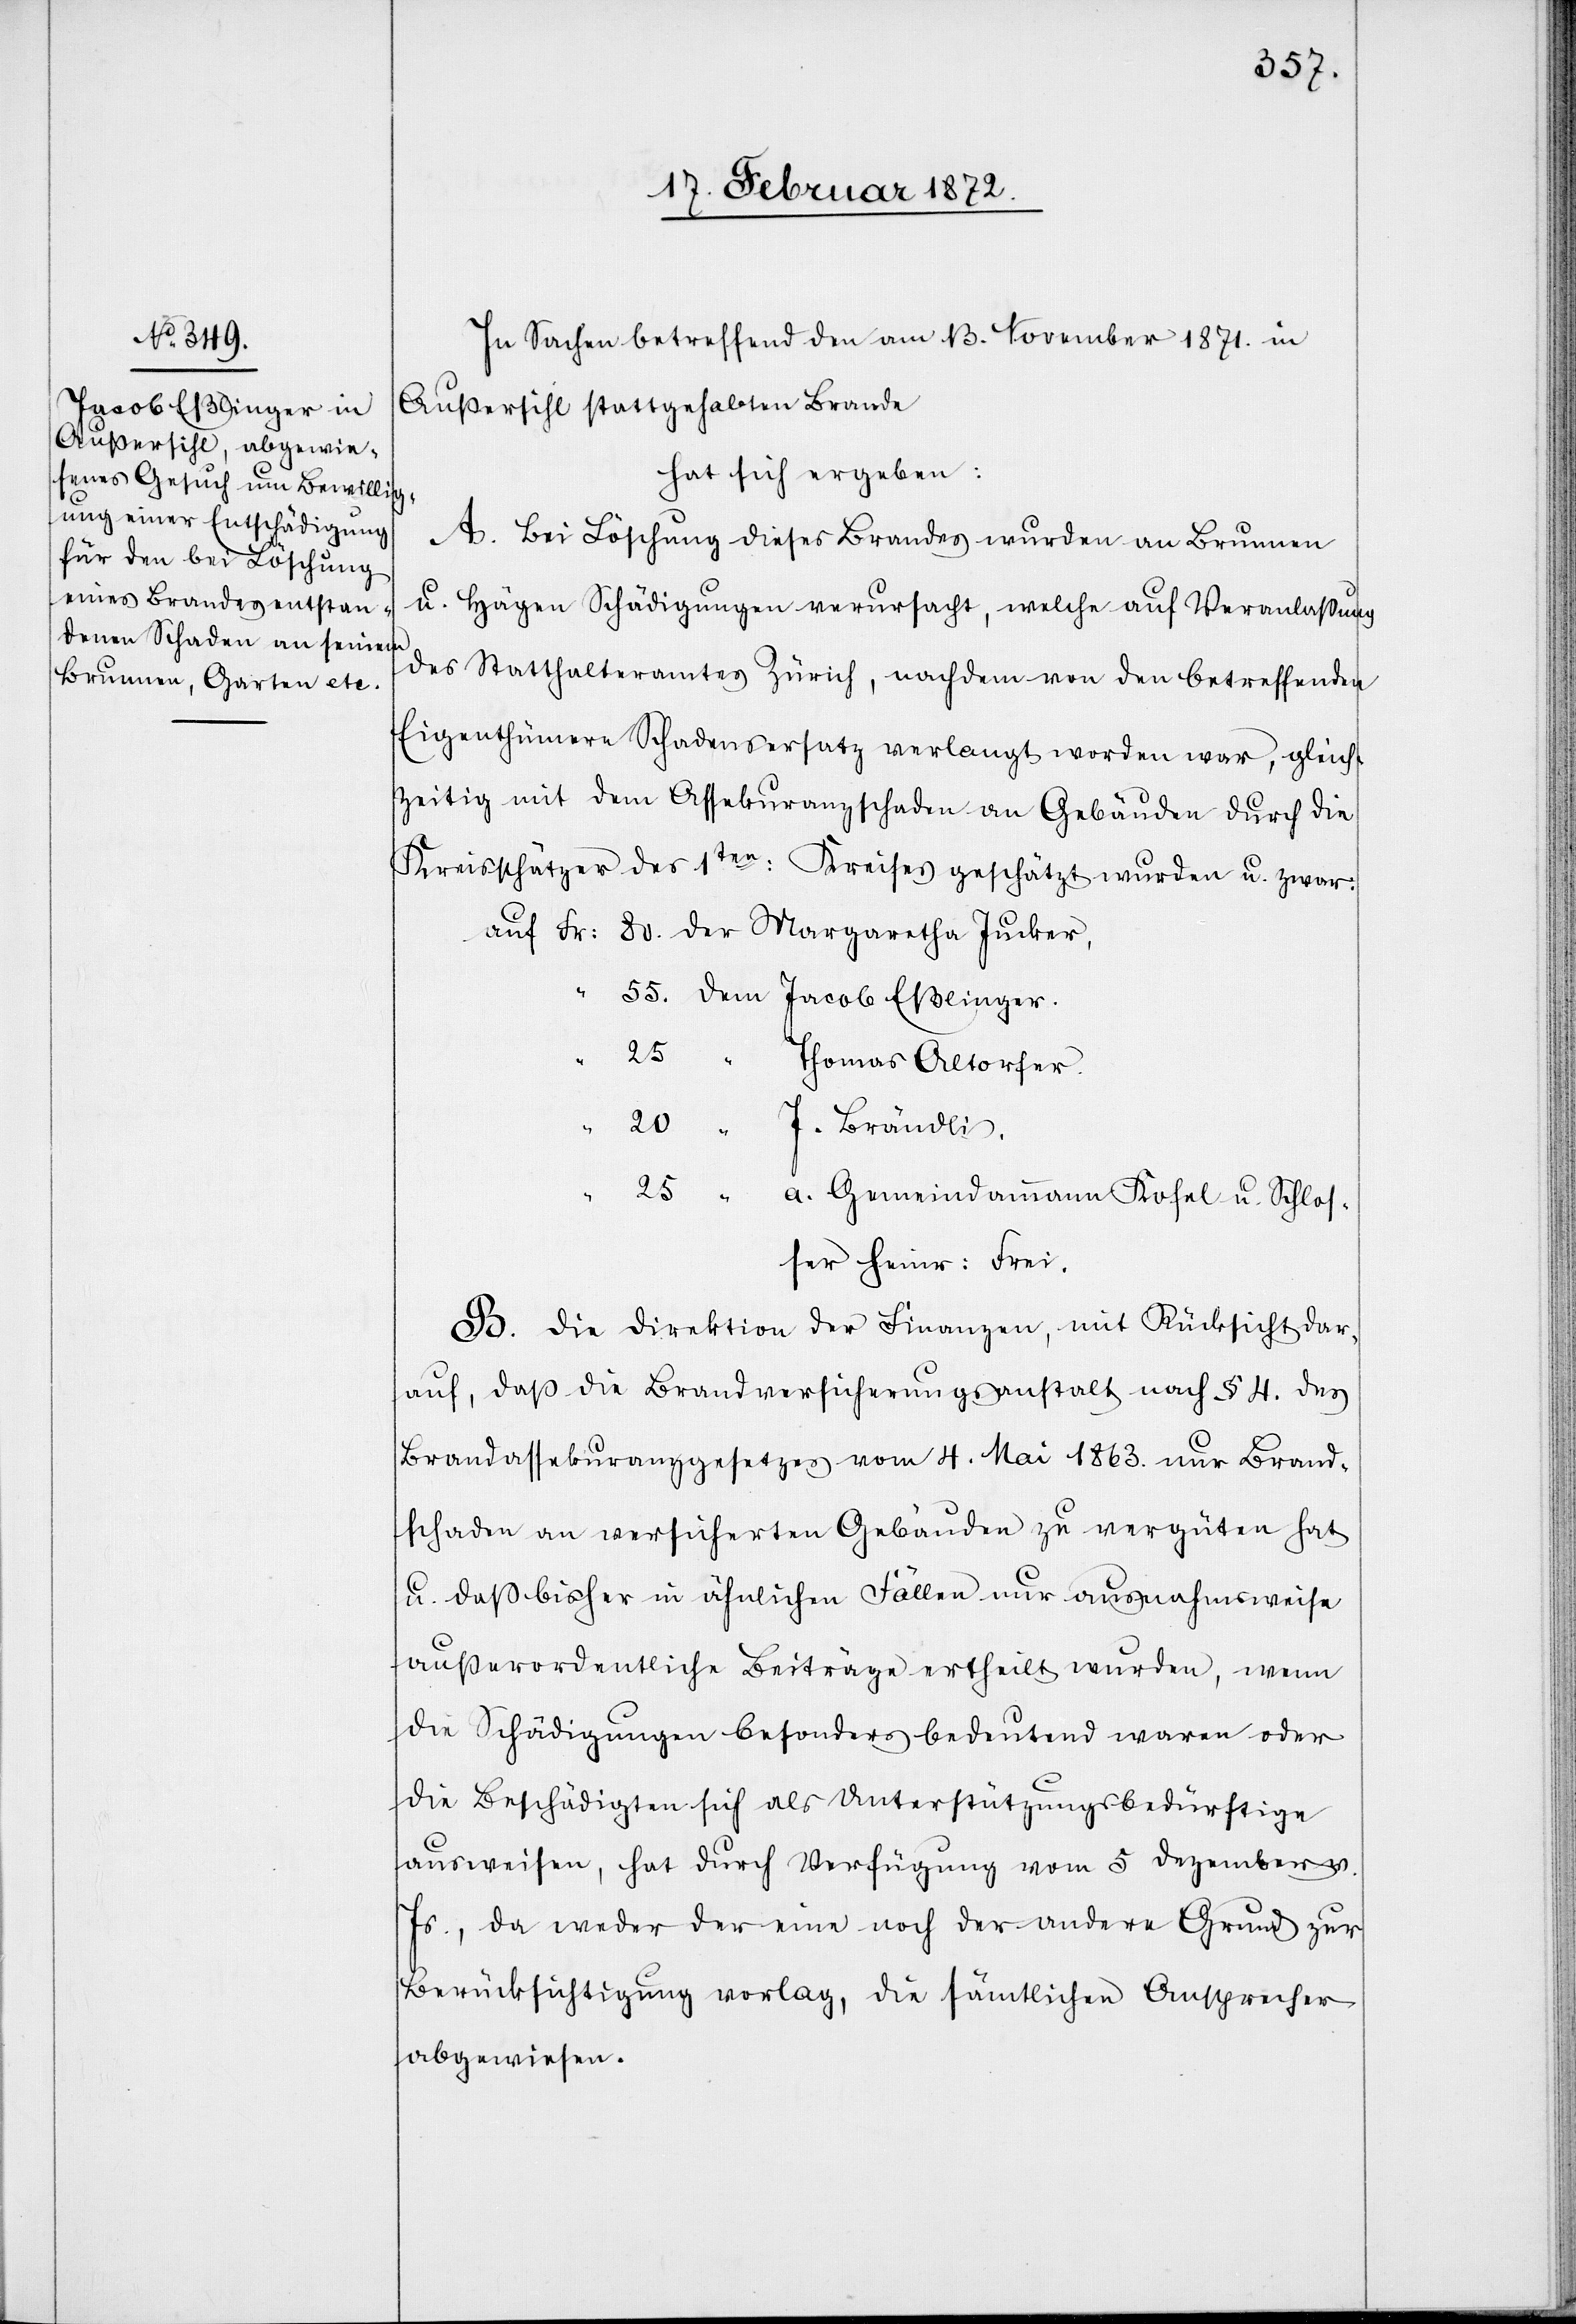
Jacob Eßlinger.

In Sachen betreffend den am 13. November 1871. in
Außersihl stattgehabten Brande
hat sich ergeben:
A. Bei Löschung dieses Brandes wurden an Brunnen
u. Hägen Schädigungen verursacht, welche auf Veranlaßung
des Statthalteramtes Zürich, nachdem von den betreffenden
Eigenthümern Schadensersatz verlangt worden war, gleich¬
zeitig mit dem Assekuranzschaden an Gebäuden durch die
Kreisschätzer des 1ten Kreises geschätzt wurden u. zwar:
25.
als
Thomas Altorfer.
“
a. Gemeindammann Kofel u. Schlos¬
ser Heinr. Frei.
B. Die Direktion der Finanzen, mit Rücksicht dar¬
auf, daß die Brandversicherungsanstalt nach § 4. des
Brandassekuranzgesetzes vom 4. Mai 1863. nur Brand¬
schaden an versicherten Gebäuden zu vergüten hat
u. daß bisher in ähnlichen Fällen nur ausnahmsweise
außerordentliche Beiträge ertheilt wurden, wenn
ausweisen, hat durch Verfügung vom 5 Dezember v.
Js., da weder der eine noch der andere Grund zur
Berücksichtigung vorlag, die sämtlichen Ansprecher
abgewiesen.